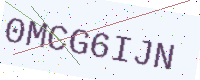
Text: 0MCG6IJN